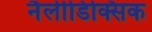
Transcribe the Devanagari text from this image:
नैलीडिक्सिक